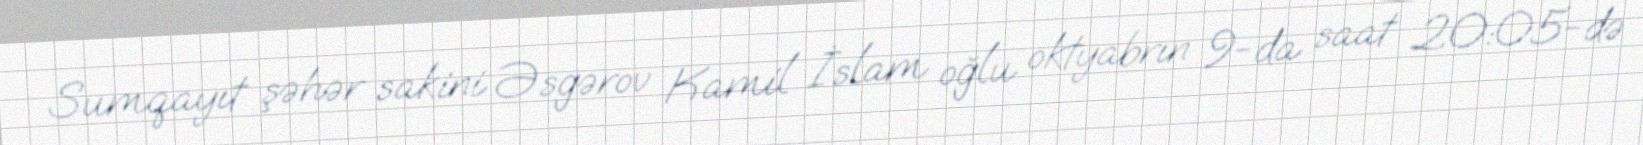
Sumqayıt şəhər sakini Əsgərov Kamil İslam oğlu oktyabrın 9-da saat 20:05-də